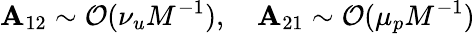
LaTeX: \mathbf{A}_{12}\sim\mathcal{{O}}(\nu_{u}M^{-1}),\quad\mathbf{A}_{21}\sim\mathcal{{O}}(\mu_{p}M^{-1})